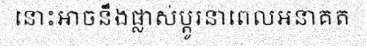
នោះអាចនឹងផ្លាស់ប្តូរនាពេលអនាគត